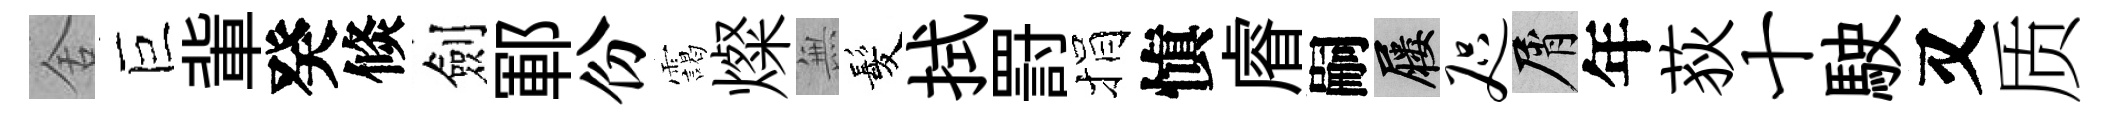
舍巨軰癸倐劍鄆份靄燦𭴾髪拭罸捐愼𥈠嗣屨咫屑年荻十駛又质